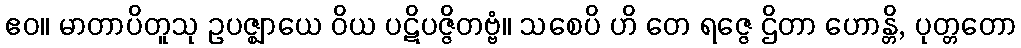
ဧဝ။ မာတာပိတူသု ဥပဇ္ဈာယေ ဝိယ ပဋိပဇ္ဇိတဗ္ဗံ။ သစေပိ ဟိ တေ ရဇ္ဇေ ဌိတာ ဟောန္တိ, ပုတ္တတော